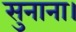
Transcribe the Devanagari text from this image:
सुनाना।